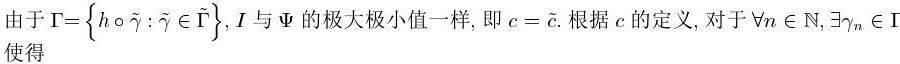
由于$\Gamma = \{ h \circ \tilde{\gamma} : \tilde{\gamma} \in \tilde{\Gamma} \}$, $I$ 与 $\Psi$ 的极大极小值一样, 即 $c = \tilde{c}$. 根据 $c$ 的定义, 对于 $\forall n \in \mathbb{N}, \exists \gamma_n \in \Gamma$ 使得